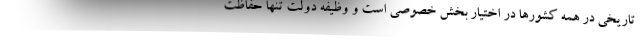
تاریخی در همه کشورها در اختیار بخش خصوصی است و وظیفه دولت تنها حفاظت